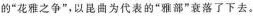
的”花雅之争”，以昆曲为代表的”雅部”衰落了下去。